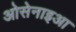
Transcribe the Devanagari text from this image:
ओसेनाइआ